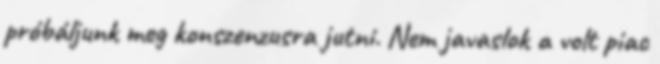
próbáljunk meg konszenzusra jutni. Nem javaslok a volt piac